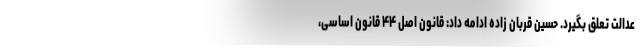
عدالت تعلق بگیرد. حسین قربان زاده ادامه داد: قانون اصل ۴۴ قانون اساسی،